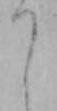
り